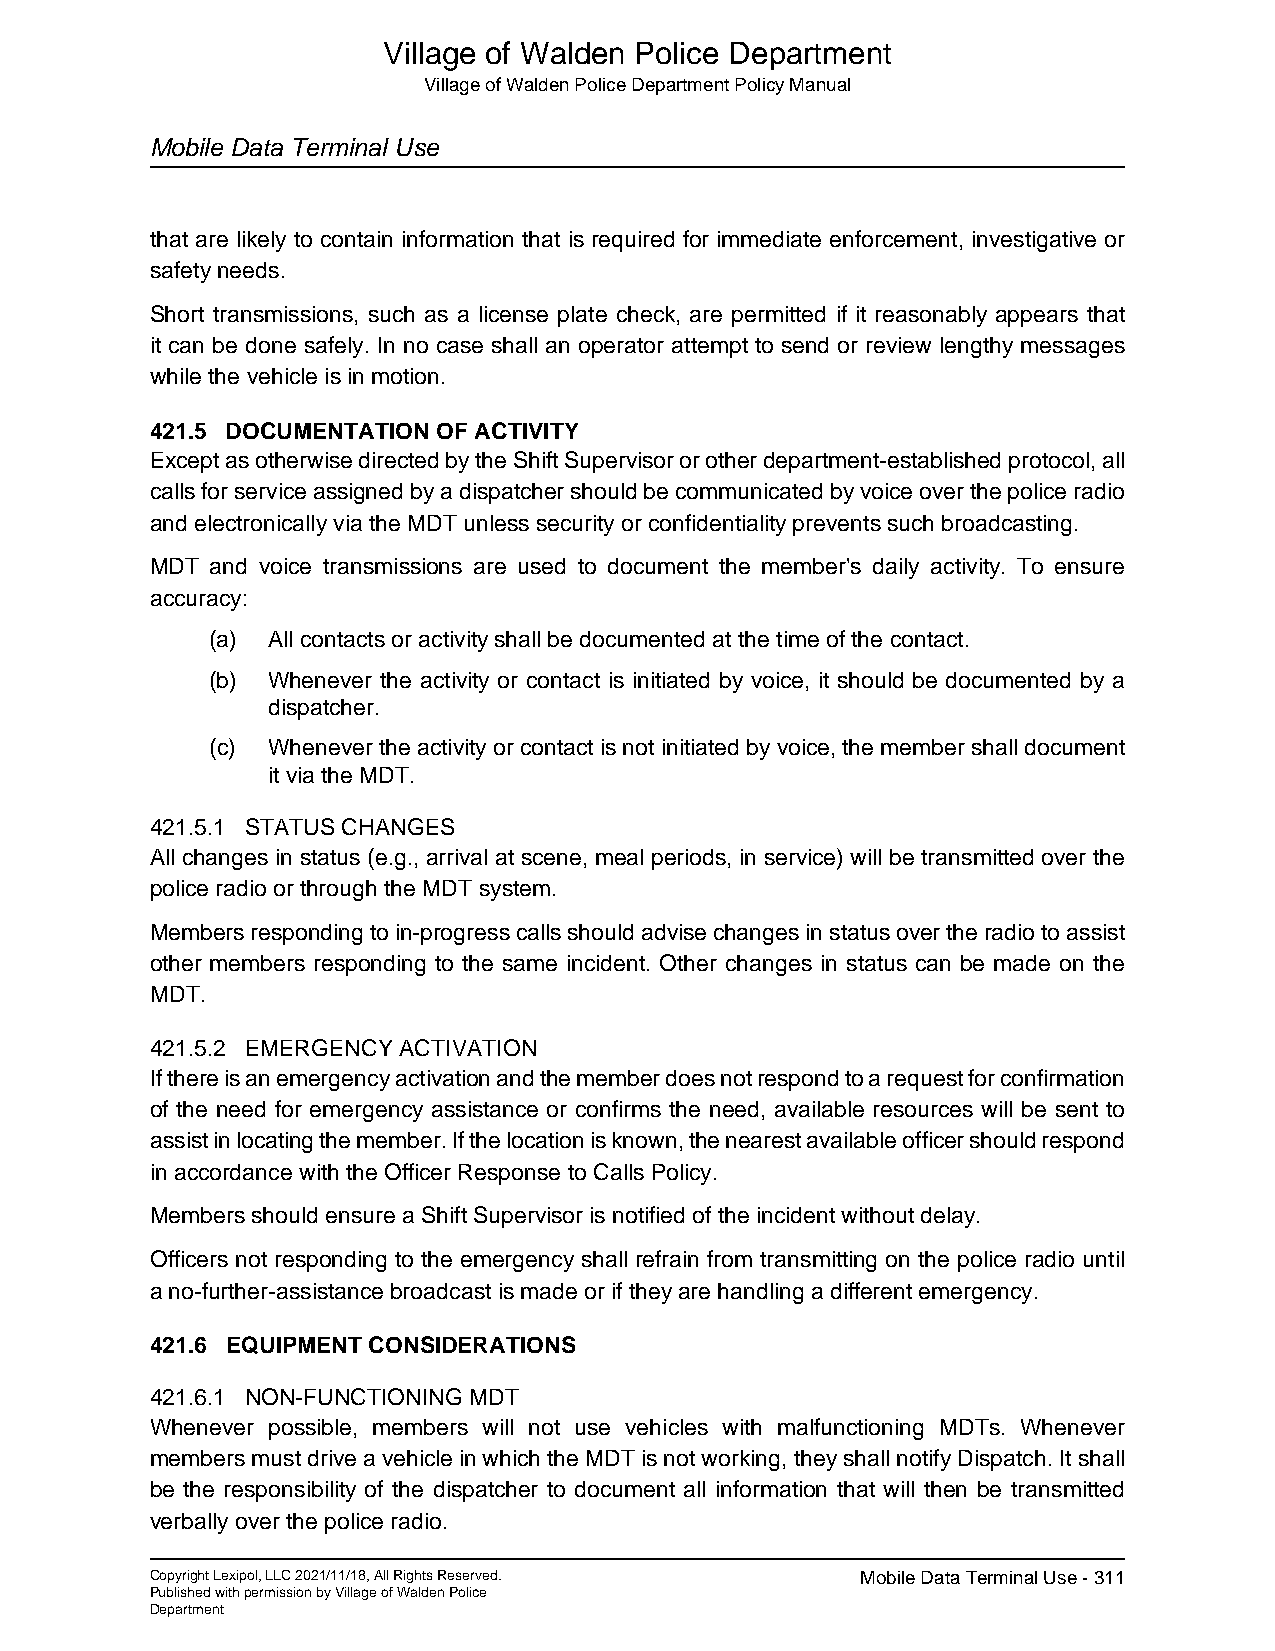
Village of Walden Police Department
 Village of Walden Police Department Policy Manual
 Mobile Data Terminal Use
 that are likely to contain information that is required for immediate enforcement, investigative or
 safety needs.
 Short transmissions, such as a license plate check, are permitted if it reasonably appears that
 it can be done safely. In no case shall an operator attempt to send or review lengthy messages
 while the vehicle is in motion.
 421.5 DOCUMENTATION OF ACTIVITY
 Except as otherwise directed by the Shift Supervisor or other department-established protocol, all
 calls for service assigned by a dispatcher should be communicated by voice over the police radio
 and electronically via the MDT unless security or confidentiality prevents such broadcasting.
 MDT and voice transmissions are used to document the member's daily activity. To ensure
 accuracy:
 (a) All contacts or activity shall be documented at the time of the contact.
 (b) Whenever the activity or contact is initiated by voice, it should be documented by a
 dispatcher.
 (c) Whenever the activity or contact is not initiated by voice, the member shall document
 it via the MDT.
 421.5.1 STATUS CHANGES
 All changes in status (e.g., arrival at scene, meal periods, in service) will be transmitted over the
 police radio or through the MDT system.
 Members responding to in-progress calls should advise changes in status over the radio to assist
 other members responding to the same incident. Other changes in status can be made on the
 MDT.
 421.5.2 EMERGENCY ACTIVATION
 If there is an emergency activation and the member does not respond to a request for confirmation
 of the need for emergency assistance or confirms the need, available resources will be sent to
 assist in locating the member. If the location is known, the nearest available officer should respond
 in accordance with the Officer Response to Calls Policy.
 Members should ensure a Shift Supervisor is notified of the incident without delay.
 Officers not responding to the emergency shall refrain from transmitting on the police radio until
 a no-further-assistance broadcast is made or if they are handling a different emergency.
 421.6 EQUIPMENT CONSIDERATIONS
 421.6.1 NON-FUNCTIONING MDT
 Whenever possible, members will not use vehicles with malfunctioning MDTs. Whenever
 members must drive a vehicle in which the MDT is not working, they shall notify Dispatch. It shall
 be the responsibility of the dispatcher to document all information that will then be transmitted
 verbally over the police radio.
 Copyright Lexipol, LLC 2021/11/18, All Rights Reserved. Mobile Data Terminal Use - 311
 Published with permission by Village of Walden Police
 Department